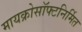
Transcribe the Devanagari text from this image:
मायक्रोसॉफ्टनिर्मित